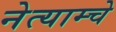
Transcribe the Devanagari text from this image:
नेत्याम्चे